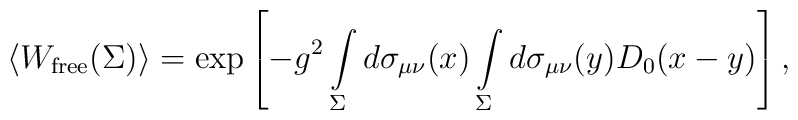
\left<W_{\rm free}(\Sigma)\right>=\exp\left[-g^2\int\limits_{\Sigma}^{} d\sigma_{\mu\nu}(x)\int\limits_{\Sigma}^{} d\sigma_{\mu\nu}(y)D_0(x-y)\right],